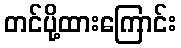
တင်ပို့ထားကြောင်း